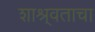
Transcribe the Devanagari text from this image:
शाश्र्वताचा